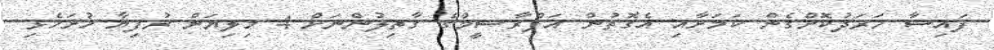
ފައިސާ ޚަރަދުކޮށްގެން ކަމަށާއި އެގޮތުން އަފްރާޝީމްގެ ގާތިލުންނަށް 4 މިލިޔަން ރުފިޔާ ހުށަހެޅި